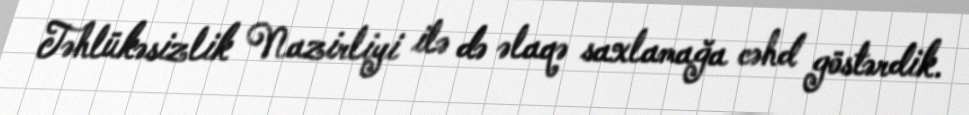
Təhlükəsizlik Nazirliyi ilə də əlaqə saxlamağa cəhd göstərdik.